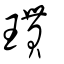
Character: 瑻